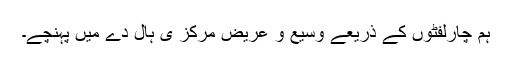
ہم چارلفٹوں کے ذریعے وسیع و عریض مرکز ی ہال دے میں پہنچے۔